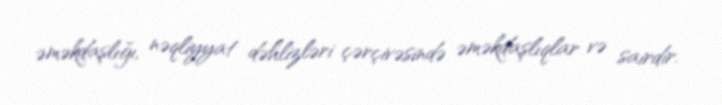
əməkdaşlığı, nəqliyyat dəhlizləri çərçivəsində əməkdaşlıqlar və sairdir.